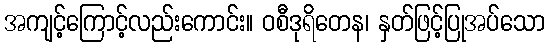
အကျင့်ကြောင့်လည်းကောင်း။ ဝစီဒုရိတေန၊ နှတ်ဖြင့်ပြုအပ်သော